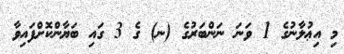
މި އިޢުލާނުގެ 1 ވަނަ ނަންބަރުގެ (ނ) ގެ 3 ގައި ބަޔާންކޮށްފައިވާ